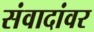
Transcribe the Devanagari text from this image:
संवादांवर